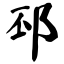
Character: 邳